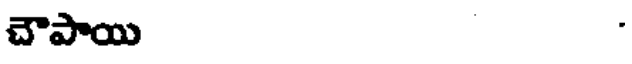
చౌపాయి